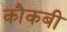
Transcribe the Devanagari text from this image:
कौकबी